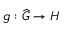
g : { \widehat { G } } \rightarrow H